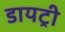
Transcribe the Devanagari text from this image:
डायट्री